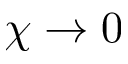
\chi \rightarrow 0